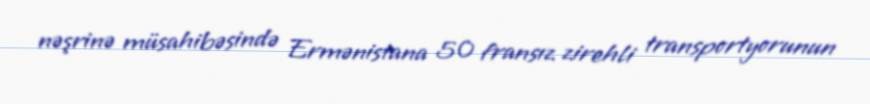
nəşrinə müsahibəsində Ermənistana 50 fransız zirehli transportyorunun